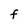
Character: F